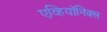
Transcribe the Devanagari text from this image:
एव्हियॉनिक्स